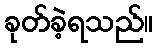
ခုတ်ခဲ့ရသည်။